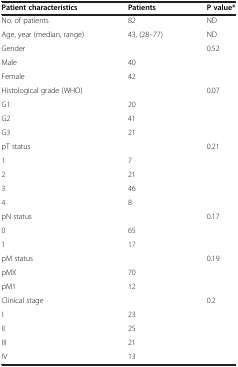
| Patient characteristics | Patients | P value* |
 | --- | --- | --- |
 | No. of patients | 82 | ND |
 | Age, year (median, range) | 43, (28–77) | ND |
 | Gender |  | 0.52 |
 | Male | 40 |  |
 | Female | 42 |  |
 | Histological grade (WHO) |  | 0.07 |
 | G1 | 20 |  |
 | G2 | 41 |  |
 | G3 | 21 |  |
 | pT status |  | 0.21 |
 | 1 | 7 |  |
 | 2 | 21 |  |
 | 3 | 46 |  |
 | 4 | 8 |  |
 | pN status |  | 0.17 |
 | 0 | 65 |  |
 | 1 | 17 |  |
 | pM status |  | 0.19 |
 | pMX | 70 |  |
 | pM1 | 12 |  |
 | Clinical stage |  | 0.2 |
 | I | 23 |  |
 | II | 25 |  |
 | III | 21 |  |
 | IV | 13 |  |